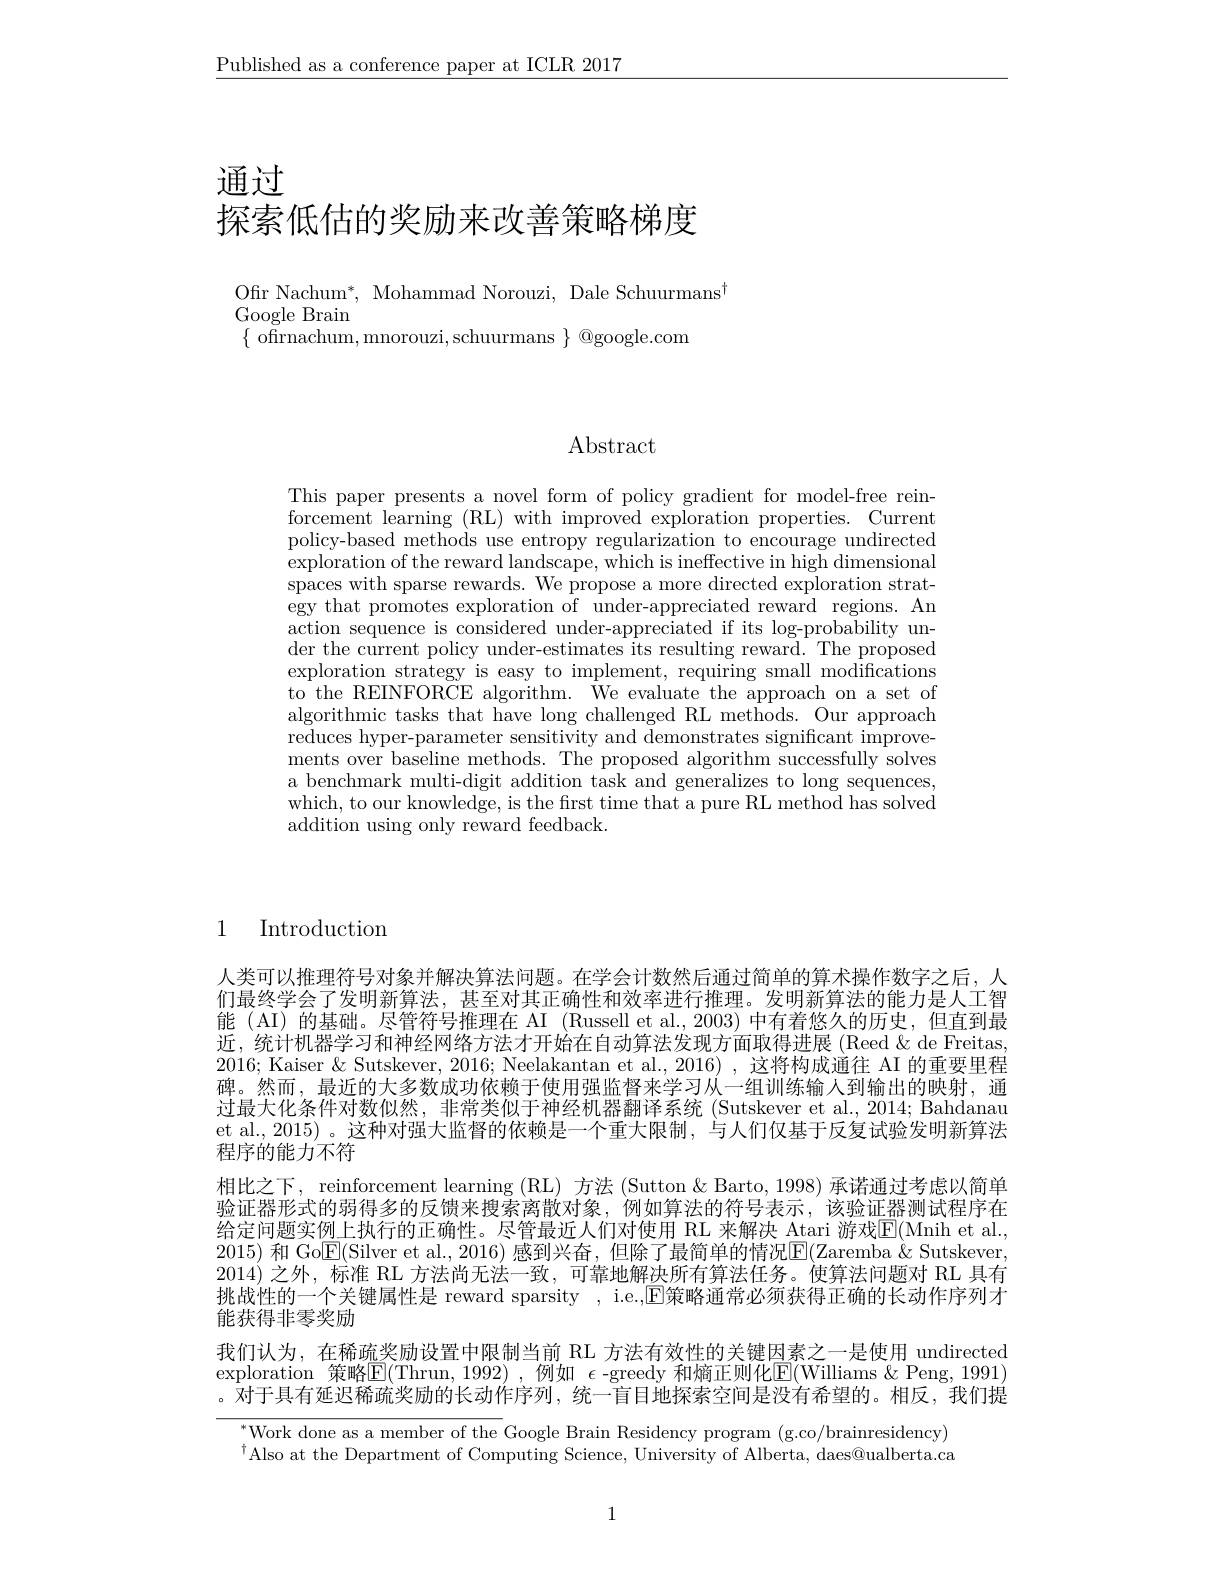
$\underline{\text{Published as a conference paper at ICLR 2017}}$

通过
探索低估的奖励来改善策略梯度

Ofr Nachum$^*$, Mohammad Norouzi, Dale Schuurmans$^{\mathrm{t}}$
Google Brain
$\{$ ofirnachum, mnorouzi, schuurmans $\}$ @google.com

## $\operatorname{Abstract}$

This paper presents a novel form of policy gradient for model-free reinforcement learning (RL) with improved exploration properties. Current policy-based methods use entropy regularization to encourage undirected exploration of the reward landscape, which is ineffective in high dimensional $\dot{\text{spaces with sparse rewards. We propose a more directed exploration strat-}}$ egy that promotes exploration of under-appreciated reward regions. An action sequence is considered under-appreciated if its log-probability under the current policy under- estimates its resulting reward. The proposed exploration strategy is easy to implement, requiring small modifications to the REINFORCE algorithm. We evaluate the approach on a set of algorithmic tasks that have long challenged RL methods. Our approach reduces hyper-parameter sensitivity and demonstrates significant improvements over baseline methods. The proposed algorithm successfully solves a benchmark multi-digit addition task and generalizes to long sequences which, to our knowledge, is the frst time that a pure RL method has solved addition using only reward feedback.

1 Introduction

人类可以推理符号对象并解决算法问题。在学会计数然后通过简单的算术操作数字之后，人们最终学会了发明新算法，甚至对其正确性和效率进行推理。发明新算法的能力是人工智能 (AI) 的基础。尽管符号推理在 AI (Russell et al.,2003) 中有着悠久的历史，但直到最近，统计机器学习和神经网络方法才开始在自动算法发现方面取得进展(Reed&de Freitas 2016; Kaiser & Sutskever, 2016; Neelakantan et al., 2016) , 这将构成通往 AI 的重要里程碑。然而，最近的大多数成功依赖于使用强监督来学习从一组训练输入到输出的映射，通过最大化条件对数似然，非常类似于神经机器翻译系统 (Sutskever et al., 2014; Bahdanau et al., 2015) 。这种对强大监督的依赖是一个重大限制，与人们仅基于反复试验发明新算法程序的能力不符
相比之下，reinforcement learning (RL) 方法 (Sutton & Barto, 1998) 承诺通过考虑以简单验证器形式的弱得多的反馈来搜索离散对象，例如算法的符号表示，该验证器测试程序在给定问题实例上执行的正确性。尽管最近人们对使用 RL 来解决 Atari 游戏$\overline{\mathrm{E}}($Mnih et al. 2015) 和 Go$\overline{\mathbb{E}}($Silver et al., 2016) 感到兴奋，但除了最简单的情况$\overline{\mathbb{E}}($Zaremba $\&$ Sutskever 2014)之外，标准 RL 方法尚无法一致，可靠地解决所有算法任务。使算法问题对 RL 具有挑战性的一个关键属性是 reward sparsity , i.e.,$\mathbb{E}$策略通常必须获得正确的长动作序列才能获得非零奖励
我们认为，在稀疏奖励设置中限制当前 RL 方法有效性的关键因素之一是使用 undirected exploration 策略$\boxed{\mathrm{E}}($Thrun,1992),例如 $\epsilon$-greedy 和熵正则化$\mathbb{E}($Williams &Peng, 1991) 。对于具有延迟稀疏奖励的长动作序列，统一盲目地探索空间是没有希望的。相反，我们提

$\mathrm{~}_{{\mathrm{Work~done~as~a~member~of~the~Google~Brain~Residency~program~(g.co/brainresidency)}}}$ $^{\dagger}$Also at the Department of Computing Science, University of Alberta, daes@ualberta.ca

1